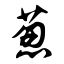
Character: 葱